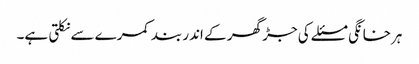
ہرخانگی مسئلے کی جڑ گھر کے اندر بند کمرے سے نکلتی ہے۔